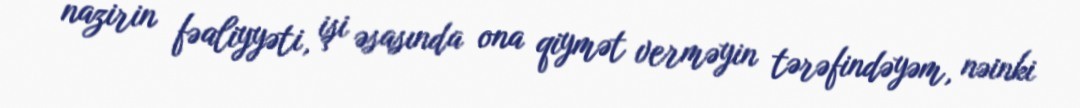
nazirin fəaliyyəti, işi əsasında ona qiymət verməyin tərəfindəyəm, nəinki